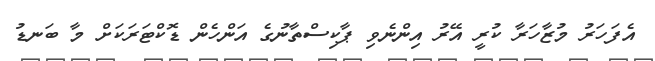
އެފަހަރު މުޒާހަރާ ކުރީ އޭރު އިންނެވި ޕާކިސްތާނުގެ އަންހެން ޑޮކްޓަރަކަށް މާ ބަނޑު